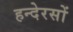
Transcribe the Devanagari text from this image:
हन्देरसों